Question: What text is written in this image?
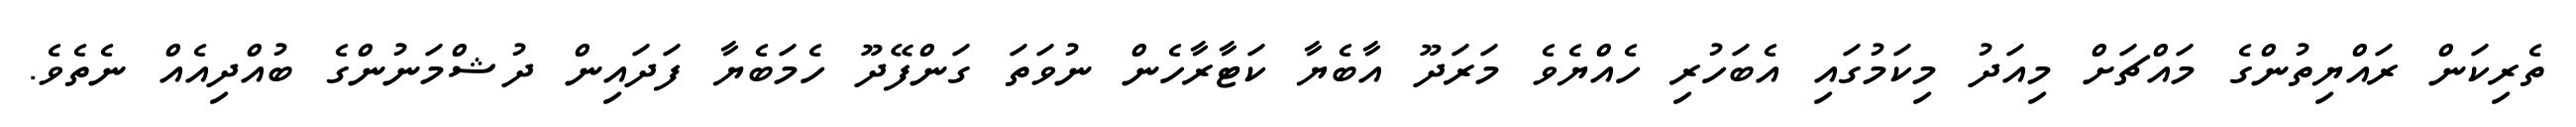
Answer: ތެރިކަން ރައްޔިތުންގެ މައްޗަށް މިއަދު މިކަމުގައި އެބަހުރި ހެއްޔެވެ މަރަދޫ އާބެޔާ ކަޓާރާހެން ނުވަތަ ގަންފޭދޫ ހެމަބެޔާ ފަދައިން ދުޝްމަނުންގެ ބުއްދިއެއް ނެތެވެ.